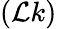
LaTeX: (\mathcal{L}k)